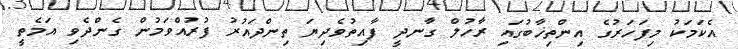
އެކަމަކު މިފަހަރުގެ އިންތިޚާބުގައި ރާހުލް ގާނދީ ފާއިތުވެދިޔަ ތިންދައުރު ފުރުއްވަމުން ގެންދެވި އަމެތީ